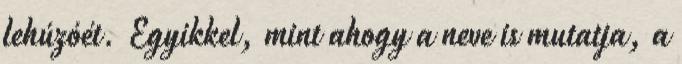
lehúzóét. Egyikkel, mint ahogy a neve is mutatja, a